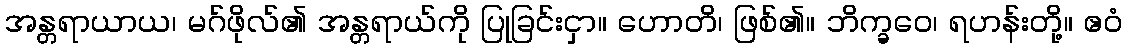
အန္တရာယာယ၊ မဂ်ဖိုလ်၏ အန္တရာယ်ကို ပြုခြင်းငှာ။ ဟောတိ၊ ဖြစ်၏။ ဘိက္ခဝေ၊ ရဟန်းတို့။ ဧဝံ